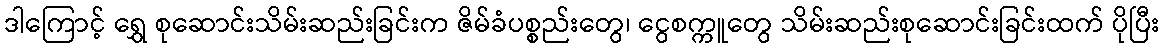
ဒါကြောင့် ရွှေ စုဆောင်းသိမ်းဆည်းခြင်းက ဇိမ်ခံပစ္စည်းတွေ၊ ငွေစက္ကူတွေ သိမ်းဆည်းစုဆောင်းခြင်းထက် ပိုပြီး